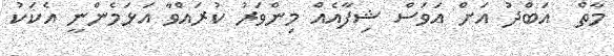
މާތް  އަބްދު އަށް އަވަސް ޝިފާއެއް މިންވަރު ކުރައްވާ އަޅަމެންނީ އެކަކު